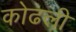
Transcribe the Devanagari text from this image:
कोढली